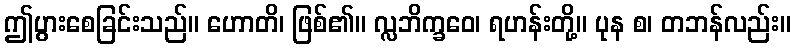
ဤပွားစေခြင်းသည်။ ဟောတိ၊ ဖြစ်၏။ လ္လဘိက္ခဝေ၊ ရဟန်းတို့။ ပုန စ၊ တဘန်လည်း။